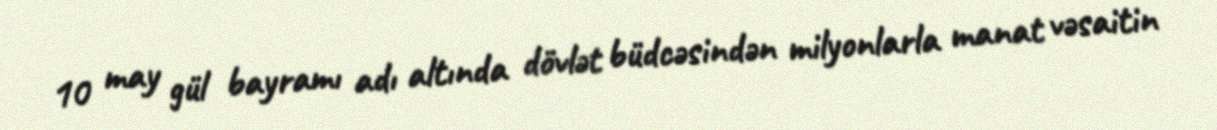
10 may gül bayramı adı altında dövlət büdcəsindən milyonlarla manat vəsaitin